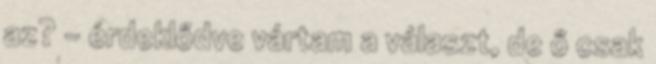
az? - érdeklődve vártam a választ, de ő csak